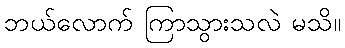
ဘယ်လောက် ကြာသွားသလဲ မသိ။